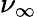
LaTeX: \nu_{\infty}